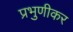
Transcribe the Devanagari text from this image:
प्रभुणीकर